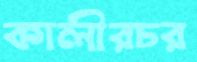
কালীরচর